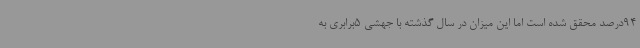
94درصد محقق شده است اما این میزان در سال گذشته با جهشی 5برابری به